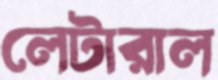
লেটারাল